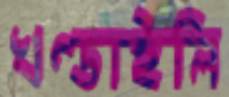
খণ্ডাইলি